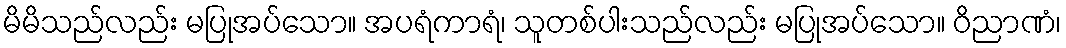
မိမိသည်လည်း မပြုအပ်သော။ အပရံကာရံ၊ သူတစ်ပါးသည်လည်း မပြုအပ်သော။ ဝိညာဏံ၊